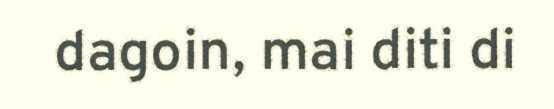
dagoin, mai diti di